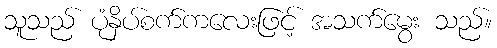
သူသည် ပုံနှိပ်စက်ကလေးဖြင့် အသက်မွေး သည်။